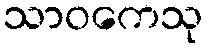
သာဝကေသု